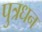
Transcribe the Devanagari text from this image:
पुत्रधन